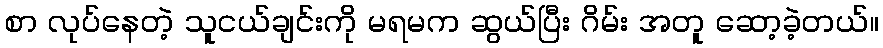
စာ လုပ်နေတဲ့ သူငယ်ချင်းကို မရမက ဆွယ်ပြီး ဂိမ်း အတူ ဆော့ခဲ့တယ်။